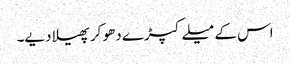
اس کے میلے کپڑے دھو کر پھیلا دیے۔